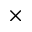
\times